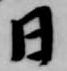
日